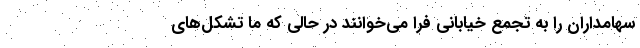
سهامداران را به تجمع خیابانی فرا می‌خوانند در حالی که ما تشکل‌های